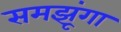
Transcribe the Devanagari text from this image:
समझूंगा